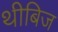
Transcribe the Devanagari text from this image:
थीबिज